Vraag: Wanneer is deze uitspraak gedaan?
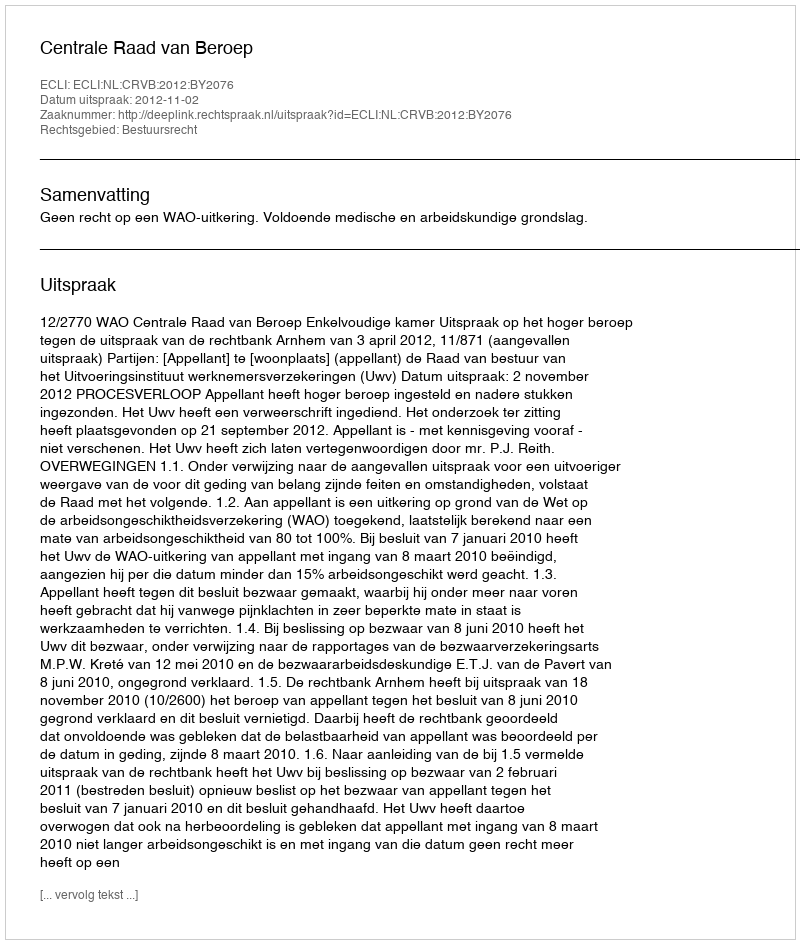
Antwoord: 2012-11-02